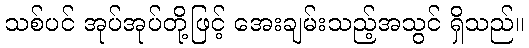
သစ်ပင် အုပ်အုပ်တို့ဖြင့် အေးချမ်းသည့်အသွင် ရှိသည်။